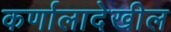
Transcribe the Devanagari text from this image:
कर्णालादेखील